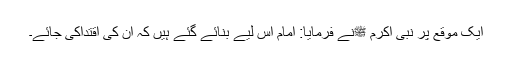
ایک موقع پر نبی اکرم ﷺنے فرمایا: امام اس لیے بنائے گئے ہیں کہ ان کی اقتداکی جائے۔